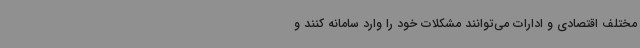
مختلف اقتصادی و ادارات می‌توانند مشکلات خود را وارد سامانه کنند و